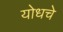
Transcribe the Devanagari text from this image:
योधचे